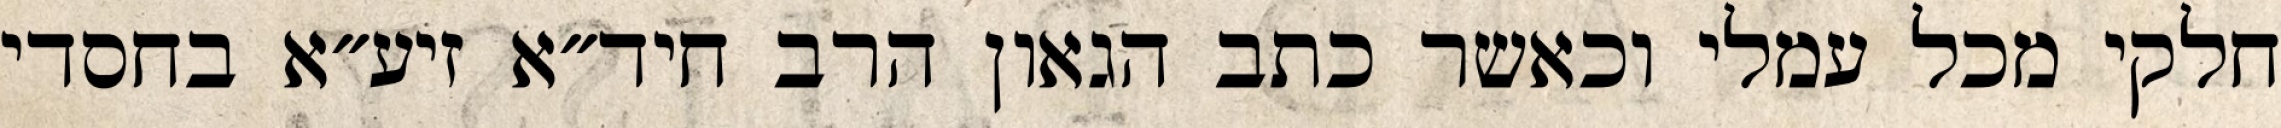
חלקי מכל עמלי וכאשר כתב הגאון הרב חיד״א זיע״א בחסדי